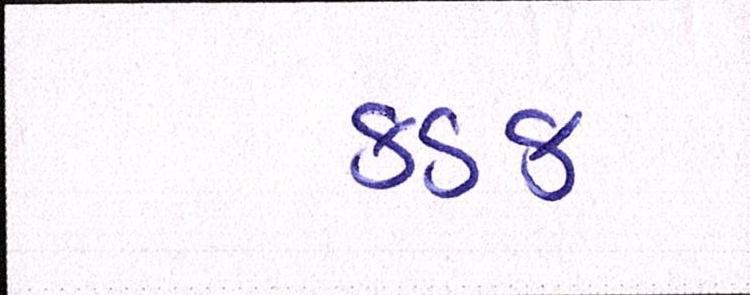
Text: કડક